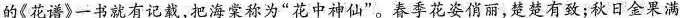
的《花谱》一书就有记载，把海棠称为”花中神仙”。春季花姿俏丽，楚楚有致；秋日金果满